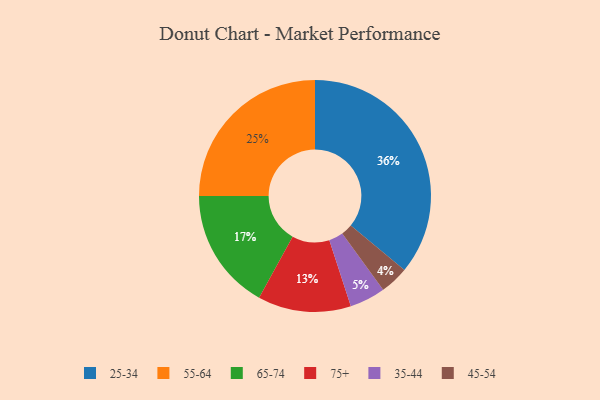
{"axis": {"x": "Category", "y": "Percentage"}, "legend": ["25-34", "35-44", "45-54", "55-64", "65-74", "75+"], "data": [{"x": "35-44", "y": 5, "type": "35-44"}, {"x": "45-54", "y": 4, "type": "45-54"}, {"x": "55-64", "y": 25, "type": "55-64"}, {"x": "75+", "y": 13, "type": "75+"}, {"x": "25-34", "y": 36, "type": "25-34"}, {"x": "65-74", "y": 17, "type": "65-74"}]}